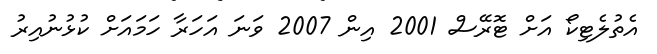
އެތުލެޓިކޯ އަށް ޓޮރޭސް 2001 އިން 2007 ވަނަ އަހަރާ ހަމައަށް ކުޅުނުއިރު